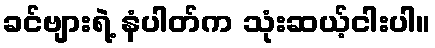
ခင်ဗျားရဲ့ နံပါတ်က သုံးဆယ့်ငါးပါ။